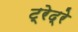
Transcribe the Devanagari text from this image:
ट्रेद्रे